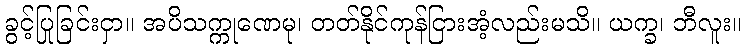
ခွင့်ပြုခြင်းငှာ။ အပိသက္ကုဏေမု၊ တတ်နိုင်ကုန်ငြားအံ့လည်းမသိ။ ယက္ခ၊ ဘီလူး။